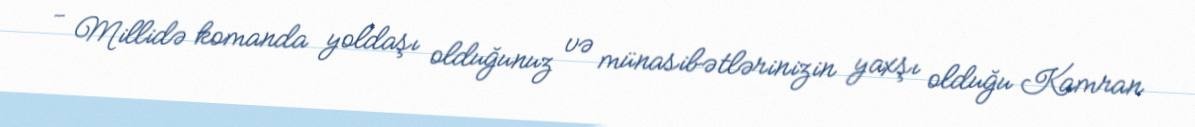
- Millidə komanda yoldaşı olduğunuz və münasibətlərinizin yaxşı olduğu Kamran